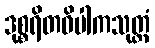
ဒုစ္စရိတဝိပါကသုတ္တံ